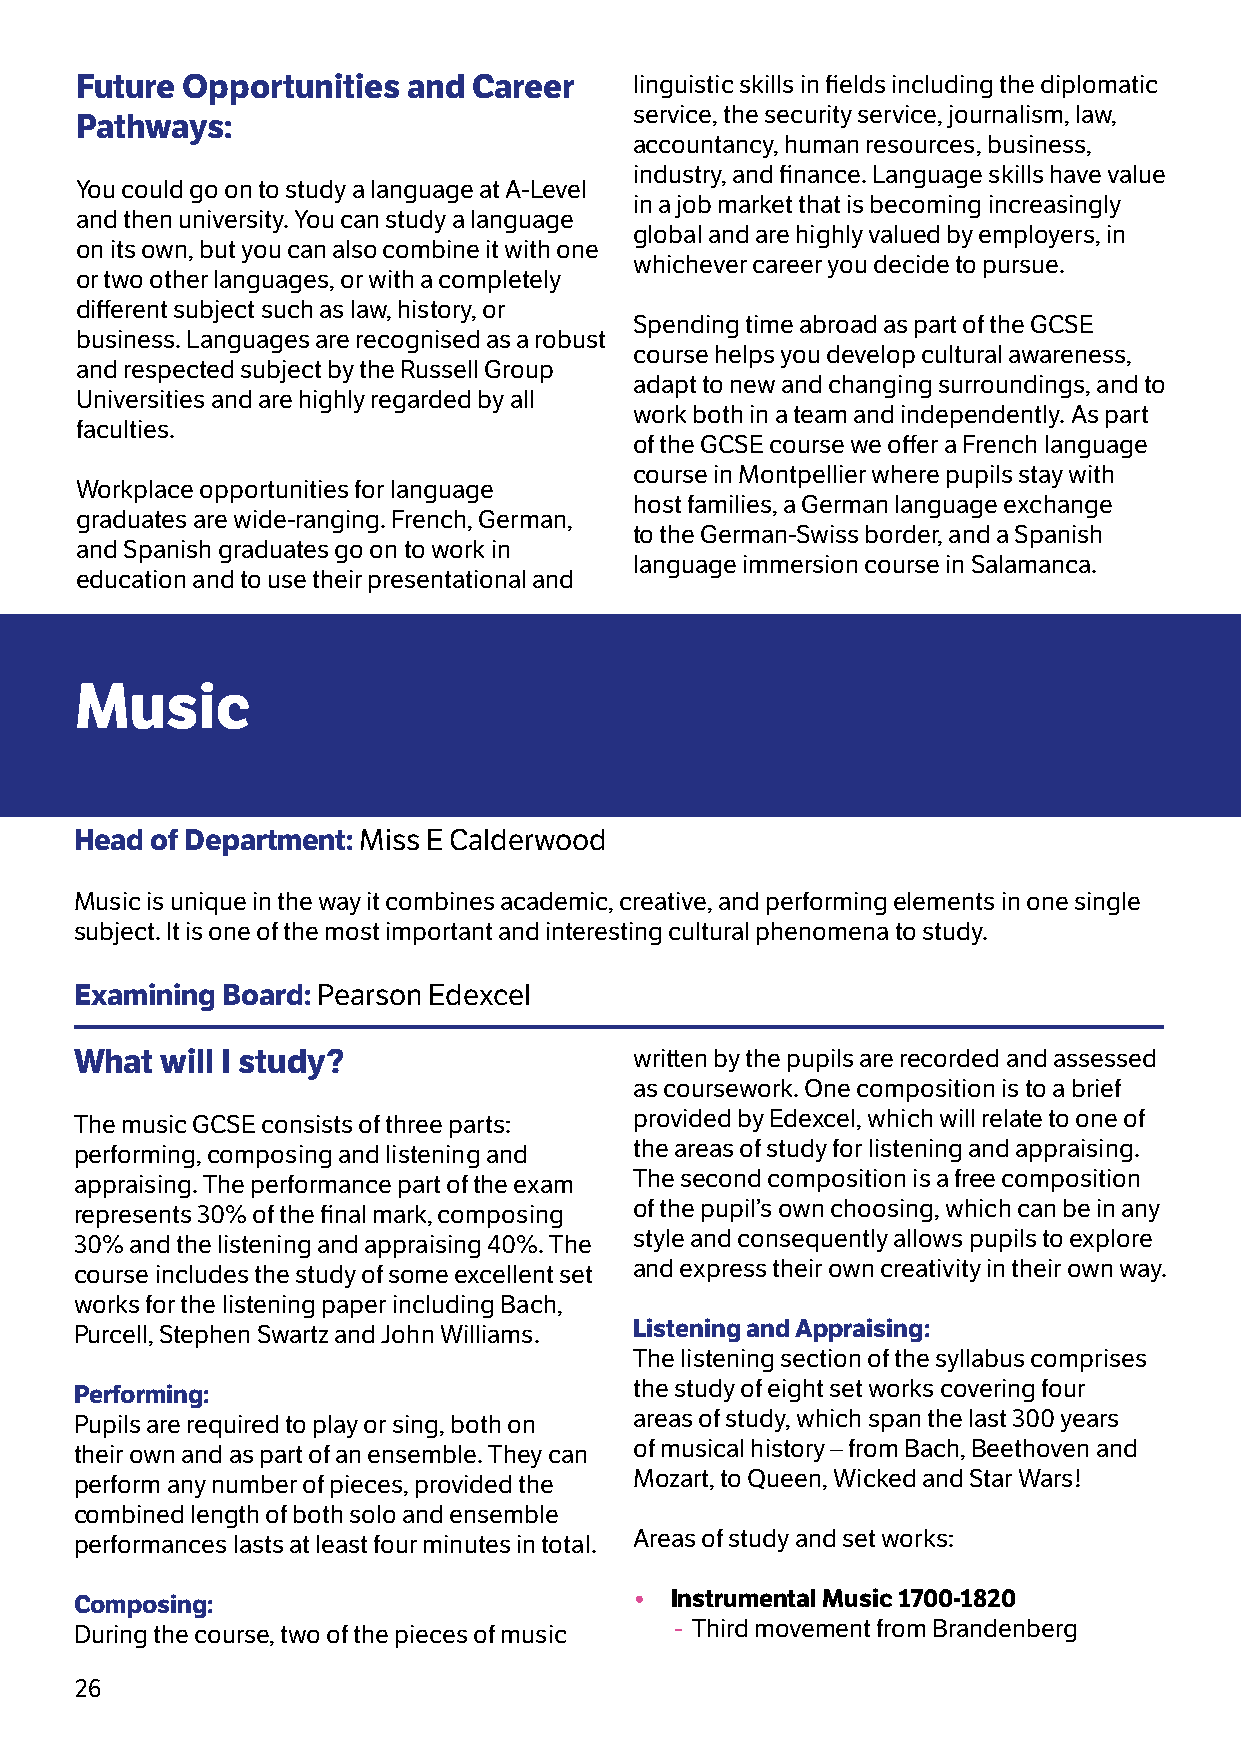
Future Opportunities  and Career     linguistic skills in fields including the diplomatic
 service, the security service, journalism, law,
 Pathways:
 accountancy, human resources, business,
 industry, and finance. Language skills have value
 You could go on to study a language at A-Level
 in a job market that is becoming increasingly
 and then university. You can study a language
 global and are highly valued by employers, in
 on its own, but you can also combine it with one
 whichever career you decide to pursue.
 or two other languages, or with a completely
 different subject such as law, history, or
 Spending time abroad as part of the GCSE
 business. Languages are recognised as a robust
 course helps you develop cultural awareness,
 and respected subject by the Russell Group
 adapt to new and changing surroundings, and to
 Universities and are highly regarded by all
 work both in a team and independently. As part
 faculties.
 of the GCSE course we offer a French language
 course in Montpellier where pupils stay with
 Workplace opportunities for language
 host families, a German language exchange
 graduates are wide-ranging. French, German,
 to the German-Swiss border, and a Spanish
 and Spanish graduates go on to work in
 language immersion course in Salamanca.
 education and to use their presentational and
 Music
 Head of Department: Miss E Calderwood
 Music is unique in the way it combines academic, creative, and performing elements in one single
 subject. It is one of the most important and interesting cultural phenomena to study.
 Examining Board: Pearson Edexcel
 What  will I study?                  written by the pupils are recorded and assessed
 as coursework. One composition is to a brief
 The music GCSE consists of three parts: provided by Edexcel, which will relate to one of
 performing, composing and listening and the areas of study for listening and appraising.
 appraising. The performance part of the exam The second composition is a free composition
 represents 30% of the final mark, composing of the pupil’s own choosing, which can be in any
 30% and the listening and appraising 40%. The style and consequently allows pupils to explore
 course includes the study of some excellent set and express their own creativity in their own way.
 works for the listening paper including Bach,
 Purcell, Stephen Swartz and John Williams. Listening and Appraising:
 The listening section of the syllabus comprises
 Performing:                          the study of eight set works covering four
 Pupils are required to play or sing, both on areas of study, which span the last 300 years
 their own and as part of an ensemble. They can of musical history – from Bach, Beethoven and
 perform any number of pieces, provided the Mozart, to Queen, Wicked and Star Wars!
 combined length of both solo and ensemble
 performances lasts at least four minutes in total. Areas of study and set works:
 Composing:                           • Instrumental Music 1700-1820
 During the course, two of the pieces of music - Third movement from Brandenberg
 26